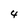
Character: 4